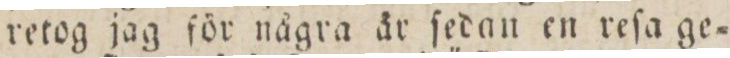
retog jag för några är ſedan en reſa ge=